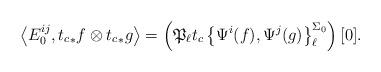
LaTeX: \begin{align*} \left\langle E^{ij}_0, {t_{c}}_{*}f \otimes {t_{c}}_{*}g \right\rangle = \left( \mathfrak{P}_{\ell} t_c \left\{ \Psi^i(f), \Psi^j(g) \right\}_{\ell}^{\Sigma_0} \right)[0]. \end{align*}